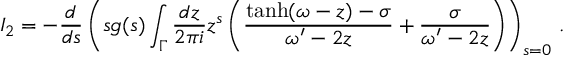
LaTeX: I _ { 2 } = - \frac { d } { d s } \left( s g ( s ) \int _ { \Gamma } \frac { d z } { 2 \pi i } z ^ { s } \left( \frac { \operatorname { t a n h } ( \omega - z ) - \sigma } { \omega ^ { \prime } - 2 z } + \frac { \sigma } { \omega ^ { \prime } - 2 z } \right) \right) _ { s = 0 } \, .